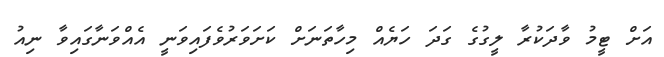
އަށް ޓީމު ވާދަކުރާ ލީގުގެ ގަދަ ހަޔެއް މިހާތަނަށް ކަށަވަރުވެފައިވަނީ އެއްވަނާގައިވާ ނިއު